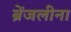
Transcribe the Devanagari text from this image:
ब्रेंजलीना